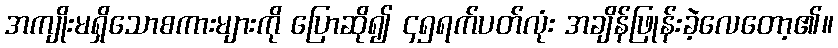
အကျိုးမရှိသောစကားများကို ပြောဆို၍ ၄၅ရက်ပတ်လုံး အချိန်ဖြုန်းခဲ့လေတော့၏။